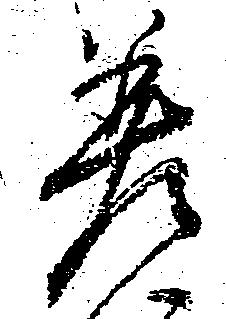
差